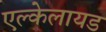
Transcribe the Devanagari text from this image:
एल्केलायड